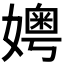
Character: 𪦪